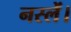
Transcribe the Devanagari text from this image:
नस्लें।